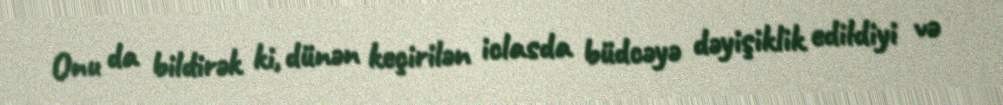
Onu da bildirək ki, dünən keçirilən iclasda büdcəyə dəyişiklik edildiyi və